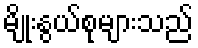
မျိုးနွယ်စုများသည်